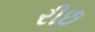
રીછ